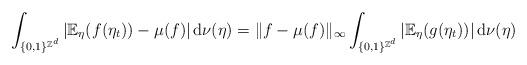
LaTeX: \begin{align*} \int_{\{0,1\}^{\mathbb{Z}^d}}\left| \mathbb{E}_\eta(f(\eta_t)) - \mu(f) \right| \mathrm{d}\nu(\eta) = \|f - \mu(f)\|_\infty \int_{\{0,1\}^{\mathbb{Z}^d}}\left| \mathbb{E}_\eta(g(\eta_t)) \right| \mathrm{d}\nu(\eta)\end{align*}